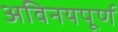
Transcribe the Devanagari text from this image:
अविनयपूर्ण